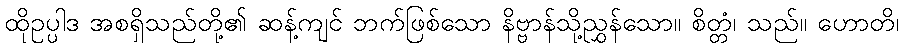
ထိုဥပ္ပါဒ အစရှိသည်တို့၏ ဆန့်ကျင် ဘက်ဖြစ်သော နိဗ္ဗာန်သို့ညွှန်သော။ စိတ္တံ၊ သည်။ ဟောတိ၊